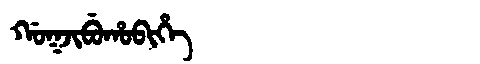
Manchu: ᡤᠣᡴᠵᡳᠪᡠᡥᠣᠪᡳᡥᡝ
Romanization: GOKJIBUHOBIHE